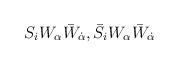
LaTeX: \begin{align*}S_iW_\alpha\bar W_{\dot \alpha},\bar S_iW_\alpha\bar W_{\dot \alpha}\end{align*}